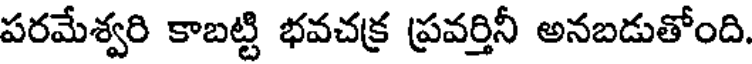
పరమేశ్వరి కాబట్టి భవచక్ర ప్రవర్తినీ అనబడుతోంది.